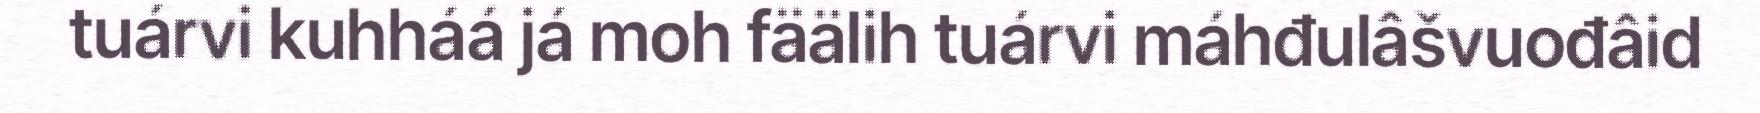
tuárvi kuhháá já moh fäälih tuárvi máhđulâšvuođâid